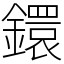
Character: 鐶